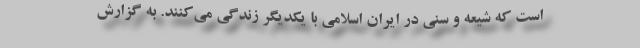
است که شیعه و سنی در ایران اسلامی با یکدیگر زندگی می‌کنند. به گزارش